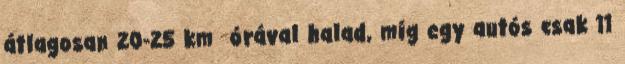
átlagosan 20-25 km órával halad, míg egy autós csak 11